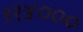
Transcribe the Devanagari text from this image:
१२४०००